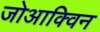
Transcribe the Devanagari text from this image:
जोआक्विन